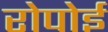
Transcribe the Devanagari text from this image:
रोपोई